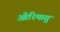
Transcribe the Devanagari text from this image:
ओरिमासु